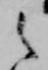
之